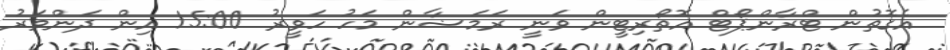
އެގޮތުން ޓްރާންޕޯޓް އޮތޯރިޓީން ވަނީ ރަމަޟާން މަހު ހަވީރު 15:00 އިން ދަންވަރު